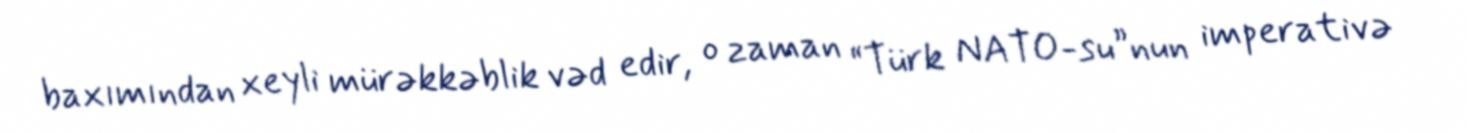
baxımından xeyli mürəkkəblik vəd edir, o zaman “Türk NATO-su”nun imperativə